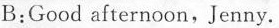
B;Good afternoon,Jenny.